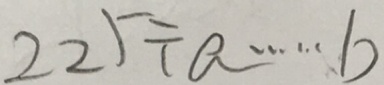
2 2 5 \div a \cdots b